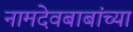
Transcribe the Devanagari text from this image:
नामदेवबाबांच्या